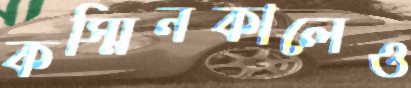
কস্মিনকালেও